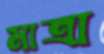
মাত্রা